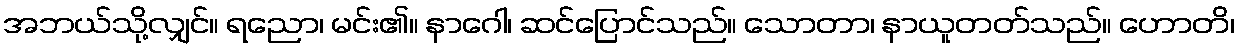
အဘယ်သို့လျှင်။ ရညော၊ မင်း၏။ နာဂေါ၊ ဆင်ပြောင်သည်။ သောတာ၊ နာယူတတ်သည်။ ဟောတိ၊